Plague in India, 1896, 1897 - Volume 3
Year: 1896
Disease focus: Plague
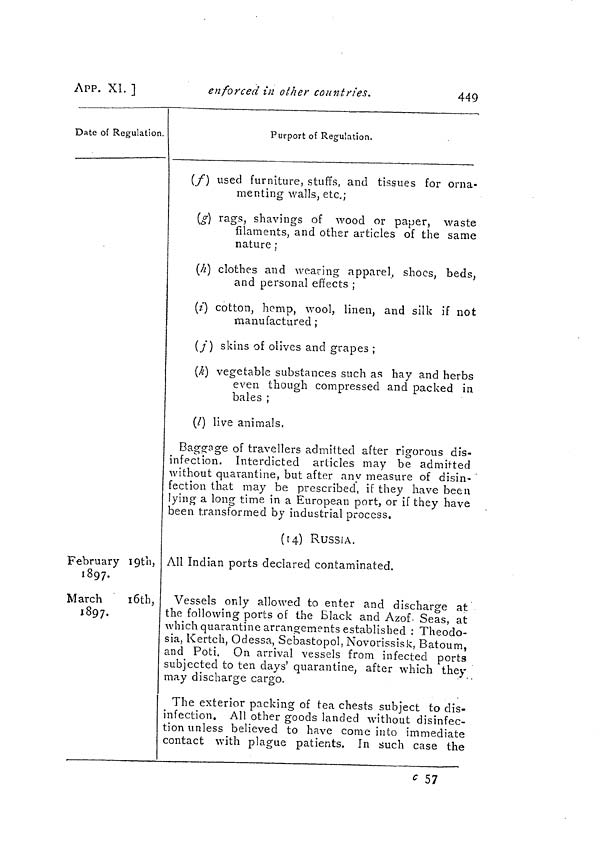
449
APP. XL ]
enforced in other countries.
Date of Regulation.
February 19th,
1897.
March
16th,
1897.
Purport of Regulation.
(f) used furniture, stuffs, and tissues for orna-
menting walls, etc.;
(g) rags, shavings of wood or paper, waste
filaments, and other articles of the same
nature ;
(h) clothes and wearing apparel, shoes, beds,
and personal effects ;
(i) cotton, hemp, wool, linen, and silk if not
manufactured ;
(k) skins of olives and grapes ;
(k) vegetable substances such as hay and herbs
even though compressed and packed in
bales ;
(/) live animals.
Baggage of travellers admitted after rigorous dis-
infection. Interdicted articles may be admitted
without quarantine, but after any measure of disin-
fection that may be prescribed, if they have been
lying a long time in a European port, or if they have
been transformed by industrial process.
(14) RUSSIA.
All Indian ports declared contaminated.
Vessels only allowed to enter and discharge at
the following ports of the Black and Azof- Seas, at
which quarantine arrangements established : Theodo-
sia, Kertch, Odessa, Sebastopol, Novorissisk, Batoum,
and Poti. On arrival vessels from infected ports
subjected to ten days' quarantine, after which they
may discharge cargo.
The exterior packing of tea chests subject to dis-
infection. All other goods landed without disinfec-
tion unless believed to have come into immediate
contact with plague patients. In such case the
c 57